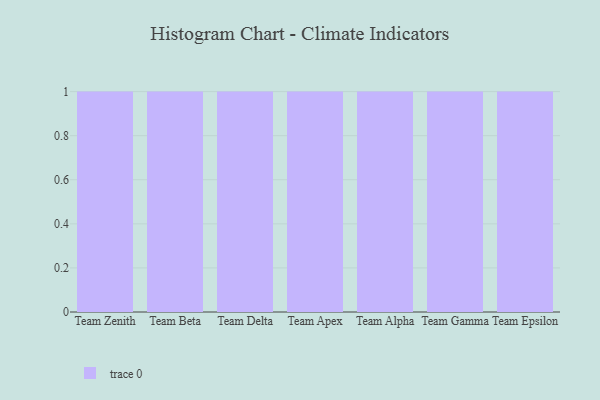
{"axis": {"x": "Team", "y": "LTV (USD)"}, "legend": [""], "data": [{"x": "Team Zenith", "y": 83, "type": ""}, {"x": "Team Beta", "y": 7, "type": ""}, {"x": "Team Delta", "y": 44, "type": ""}, {"x": "Team Apex", "y": 12, "type": ""}, {"x": "Team Alpha", "y": 66, "type": ""}, {"x": "Team Gamma", "y": 60, "type": ""}, {"x": "Team Epsilon", "y": 55, "type": ""}]}